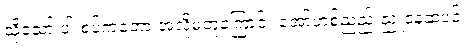
သို့သော် ပါးစပ်ကတော့ အလိုမတူကြောင်း အော်ဟစ်ညည်းညူနေဆဲပင်။